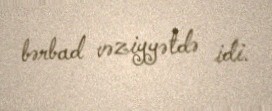
bərbad vəziyyətdə idi.